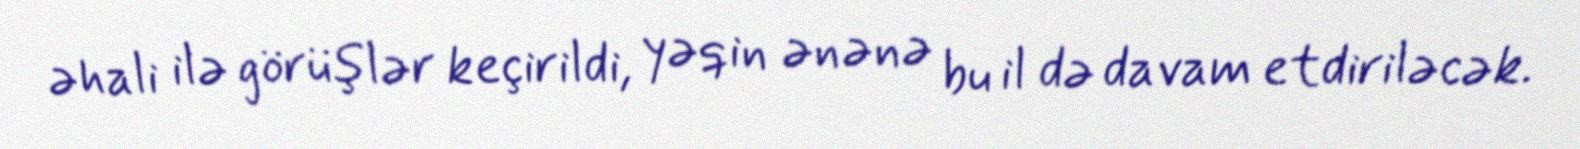
əhali ilə görüşlər keçirildi, yəqin ənənə bu il də davam etdiriləcək.